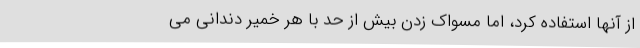
از آنها استفاده کرد، اما مسواک زدن بیش از حد با هر خمیر دندانی می